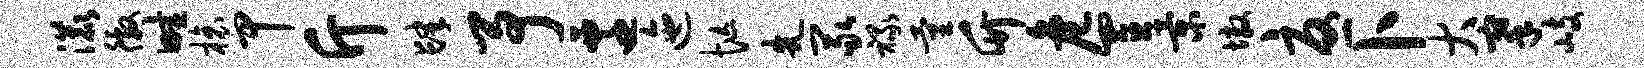
漉徼畦榱甲斤肆予迁迤忙先冢禄量竹危置景墩忧卜大搴岐